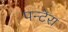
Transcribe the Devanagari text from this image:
पन्टेरा